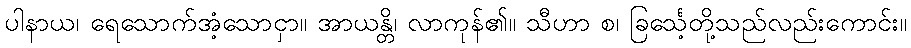
ပါနာယ၊ ရေသောက်အံ့သောငှာ။ အာယန္တိ၊ လာကုန်၏။ သီဟာ စ၊ ခြင်္သေ့တို့သည်လည်းကောင်း။